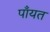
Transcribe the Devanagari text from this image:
पाँयत